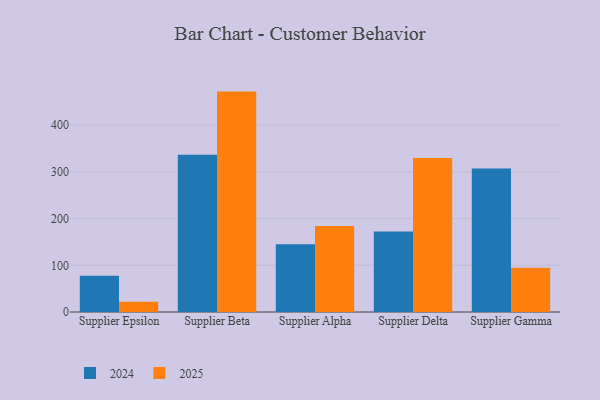
{"axis": {"x": "Supplier", "y": "LTV (USD)"}, "legend": ["2024", "2025"], "data": [{"x": "Supplier Epsilon", "y": 77.8, "type": "2024"}, {"x": "Supplier Epsilon", "y": 21.9, "type": "2025"}, {"x": "Supplier Beta", "y": 336.6, "type": "2024"}, {"x": "Supplier Beta", "y": 471.9, "type": "2025"}, {"x": "Supplier Alpha", "y": 145.0, "type": "2024"}, {"x": "Supplier Alpha", "y": 184.0, "type": "2025"}, {"x": "Supplier Delta", "y": 172.6, "type": "2024"}, {"x": "Supplier Delta", "y": 329.6, "type": "2025"}, {"x": "Supplier Gamma", "y": 307.0, "type": "2024"}, {"x": "Supplier Gamma", "y": 94.5, "type": "2025"}]}